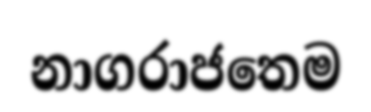
නාගරාජතෙම